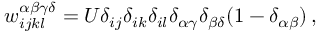
w _ { i j k l } ^ { \alpha \beta \gamma \delta } = U \delta _ { i j } \delta _ { i k } \delta _ { i l } \delta _ { \alpha \gamma } \delta _ { \beta \delta } ( 1 - \delta _ { \alpha \beta } ) \, ,